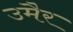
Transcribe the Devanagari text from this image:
उमैर